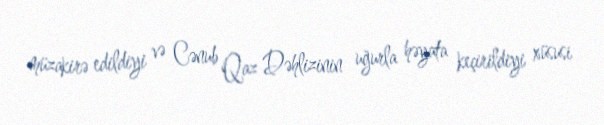
müzakirə edildiyi və Cənub Qaz Dəhlizinin uğurla həyata keçirildiyi xüsusi